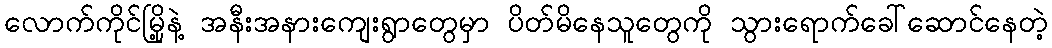
လောက်ကိုင်မြို့နဲ့ အနီးအနားကျေးရွာတွေမှာ ပိတ်မိနေသူတွေကို သွားရောက်ခေါ်ဆောင်နေတဲ့